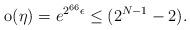
LaTeX: \begin{align*}\mathrm{o}(\eta)= e^{2^{66}\epsilon} \leq (2^{N-1} -2).\end{align*}